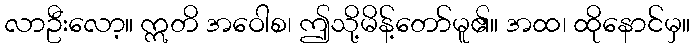
လာဦးလော့။ ဣတိ အဝေါစ၊ ဤသို့မိန့်တော်မူ၏။ အထ၊ ထိုနောင်မှ။